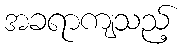
အခရာကျသည့်